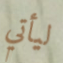
ليأتي